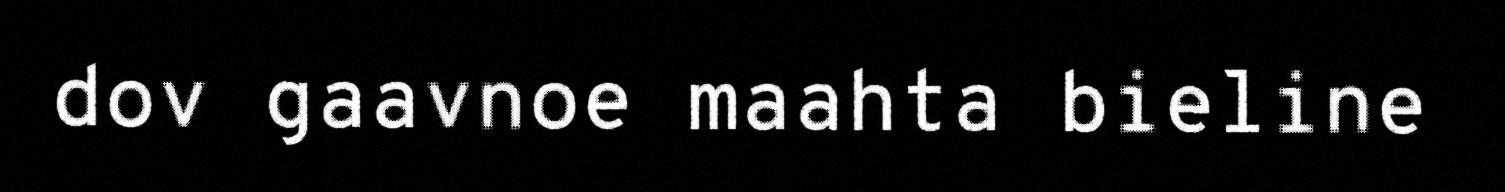
dov gaavnoe maahta bieline